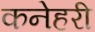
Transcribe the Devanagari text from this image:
कनेहरी